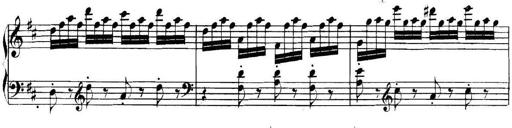
Title: Collected Piano Sonatas
Composer: Muzio Clementi